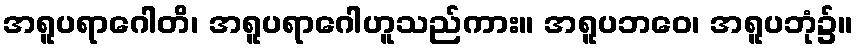
အရူပရာဂေါတိ၊ အရူပရာဂေါဟူသည်ကား။ အရူပဘဝေ၊ အရူပဘုံ၌။